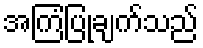
အကြံပြုချက်သည်